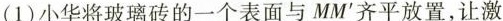
(1)小华将玻璃砖的一个表面与MM'齐平放置，让激